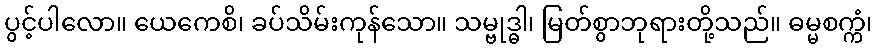
ပွင့်ပါလော။ ယေကေစိ၊ ခပ်သိမ်းကုန်သော။ သမ္ဗုဒ္ဓါ၊ မြတ်စွာဘုရားတို့သည်။ ဓမ္မစက္ကံ၊